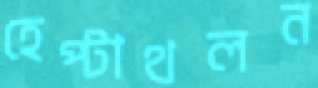
হেপ্টাথলন